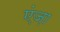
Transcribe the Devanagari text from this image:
एंज़ा